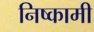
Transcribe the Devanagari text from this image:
निष्कामी